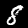
Label: 8